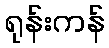
ရုန်းကန်